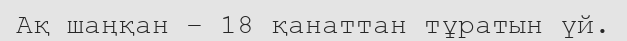
Ақ шаңқан – 18 қанаттан тұратын үй.